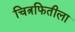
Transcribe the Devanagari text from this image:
चित्रफितीला